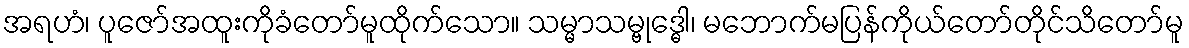
အရဟံ၊ ပူဇော်အထူးကိုခံတော်မူထိုက်သော။ သမ္မာသမ္ဗုဒ္ဓေါ၊ မဘောက်မပြန်ကိုယ်တော်တိုင်သိတော်မူ